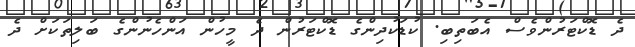
ދެ ޑޮކްޓަރުންވެސް އެބަތިބި. ކުޑަކުދިންގެ ޑޮކްޓަރުން ދެ މީހުން އަންހެނުންގެ ބަލިތަކަށް ދެ